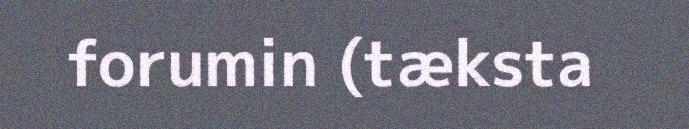
forumin (tæksta